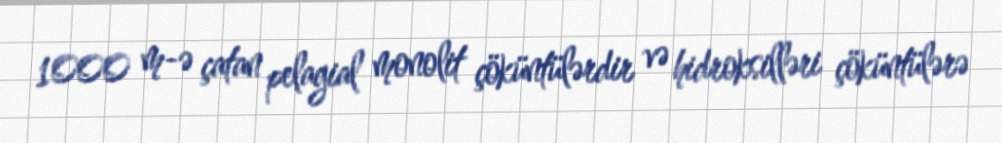
1000 m-ə çatan pelagial monolit çöküntülərdir və hidroksilləri çöküntülərə